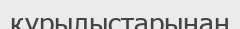
құрылыстарынан